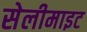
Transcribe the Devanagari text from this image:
सेलीमाइट